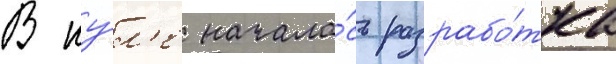
В иу́л'е начала́сь разрабо́тка